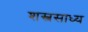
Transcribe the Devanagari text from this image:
शस्त्रसाध्य